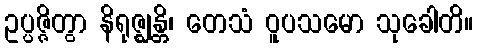
ဥပ္ပဇ္ဇိတွာ နိရုဇ္ဈန္တိ၊ တေသံ ဝူပသမော သုခေါတိ။